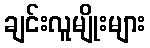
ချင်းလူမျိုးများ